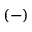
( - )